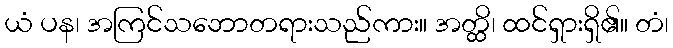
ယံ ပန၊ အကြင်သဘောတရားသည်ကား။ အတ္ထိ၊ ထင်ရှားရှိ၏။ တံ၊